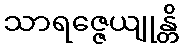
သာရဇ္ဇေယျုန္တိ